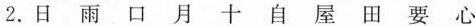
2.日 雨 口 月 十 自 屋 田 要 心